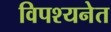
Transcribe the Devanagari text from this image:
विपश्यनेत